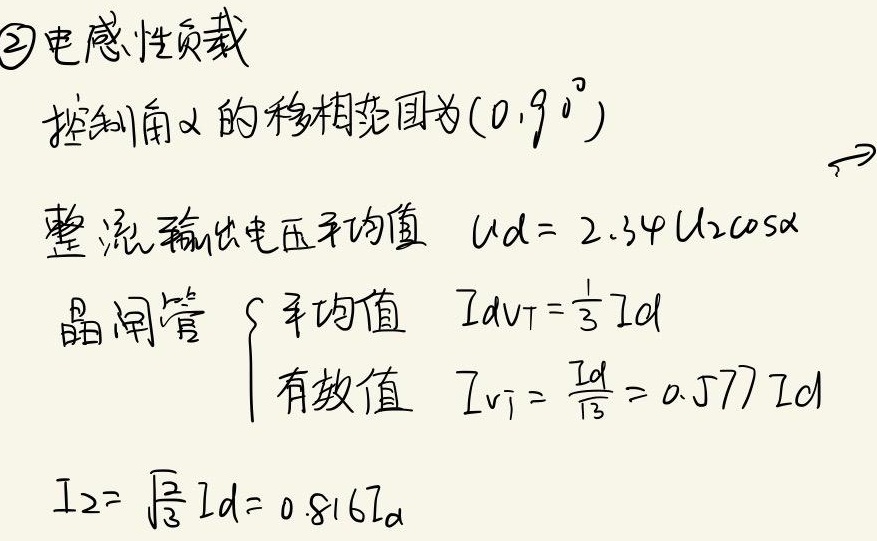
\textcircled{2}电感性负载，控制角\(\alpha\)的移相范围为\((0,90^{\circ})\)，整流输出电压平均值 \(U_d = 2.34U_2\cos\alpha\)。晶闸管
\(\begin{cases}
\text{平均值} \quad I_{dVT}=\frac{1}{3}I_d \\
\text{有效值} \quad I_{VT}=\frac{I_d}{\sqrt{3}} = 0.577I_d
\end{cases}\)
\(I_2 = \sqrt{\frac{2}{3}}I_d = 0.816I_d\)